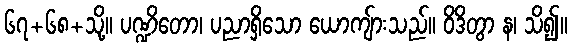
၆၇+၆၈+သို့။ ပဏ္ဍိတော၊ ပညာရှိသော ယောကျ်ားသည်။ ဝိဒိတွာ န၊ သိ၍။